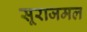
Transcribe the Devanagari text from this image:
सूराजमल